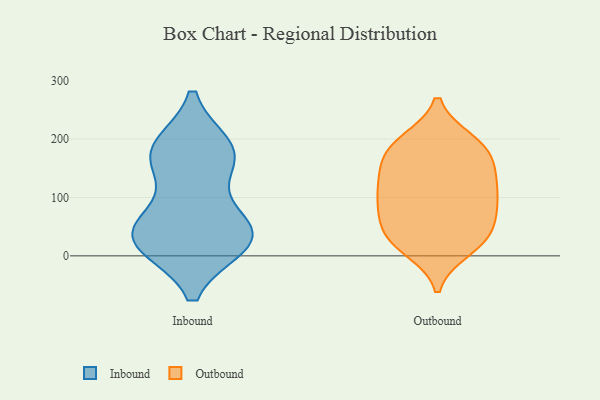
{"axis": {"x": "Humidity (%)", "y": "Value"}, "legend": ["Inbound", "Outbound"], "data": [{"x": "", "y": 184, "type": "Inbound"}, {"x": "", "y": 28, "type": "Inbound"}, {"x": "", "y": 52, "type": "Inbound"}, {"x": "", "y": 168, "type": "Inbound"}, {"x": "", "y": 21, "type": "Inbound"}, {"x": "", "y": 21, "type": "Inbound"}, {"x": "", "y": 172, "type": "Inbound"}, {"x": "", "y": 173, "type": "Inbound"}, {"x": "", "y": 52, "type": "Inbound"}, {"x": "", "y": 36, "type": "Inbound"}, {"x": "", "y": 17, "type": "Outbound"}, {"x": "", "y": 197, "type": "Outbound"}, {"x": "", "y": 76, "type": "Outbound"}, {"x": "", "y": 127, "type": "Outbound"}, {"x": "", "y": 30, "type": "Outbound"}, {"x": "", "y": 189, "type": "Outbound"}, {"x": "", "y": 87, "type": "Outbound"}, {"x": "", "y": 102, "type": "Outbound"}, {"x": "", "y": 81, "type": "Outbound"}, {"x": "", "y": 37, "type": "Outbound"}, {"x": "", "y": 11, "type": "Outbound"}, {"x": "", "y": 106, "type": "Outbound"}, {"x": "", "y": 32, "type": "Outbound"}, {"x": "", "y": 194, "type": "Outbound"}, {"x": "", "y": 187, "type": "Outbound"}, {"x": "", "y": 146, "type": "Outbound"}, {"x": "", "y": 56, "type": "Outbound"}, {"x": "", "y": 155, "type": "Outbound"}, {"x": "", "y": 126, "type": "Outbound"}, {"x": "", "y": 162, "type": "Outbound"}]}